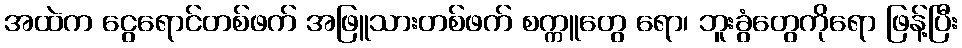
အထဲက ငွေရောင်တစ်ဖက် အဖြူသားတစ်ဖက် စက္ကူတွေ ရော၊ ဘူးခွံတွေကိုရော ဖြန့်ပြီး